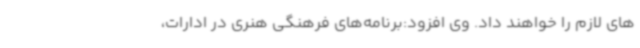
های لازم را خواهند داد. وی افزود:برنامه‌های فرهنگی هنری در ادارات،